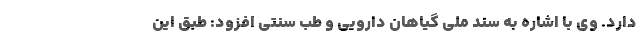
دارد. وی با اشاره به سند ملی گیاهان دارویی و طب سنتی افزود: طبق این